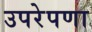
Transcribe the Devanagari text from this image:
उपरेपणा